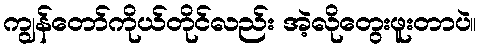
ကျွန်တော်ကိုယ်တိုင်လည်း အဲ့လိုတွေးဖူးတာပဲ။